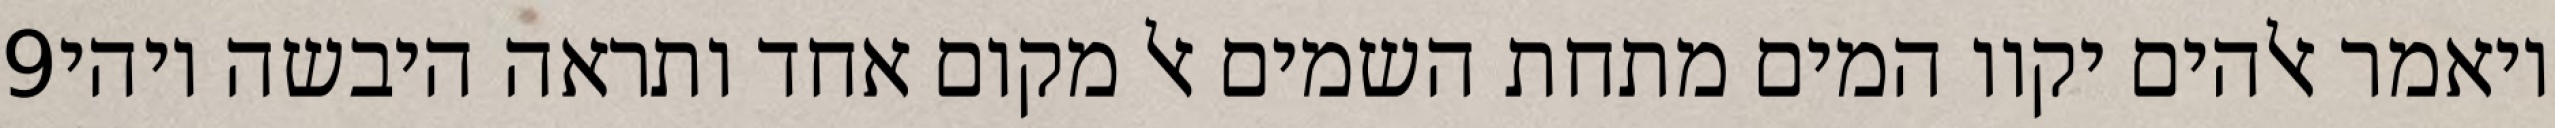
‎9‏ ויאמר אלהים יקוו המים מתחת השמים אל מקום אחד ותראה היבשה ויהי